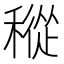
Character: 𥡬